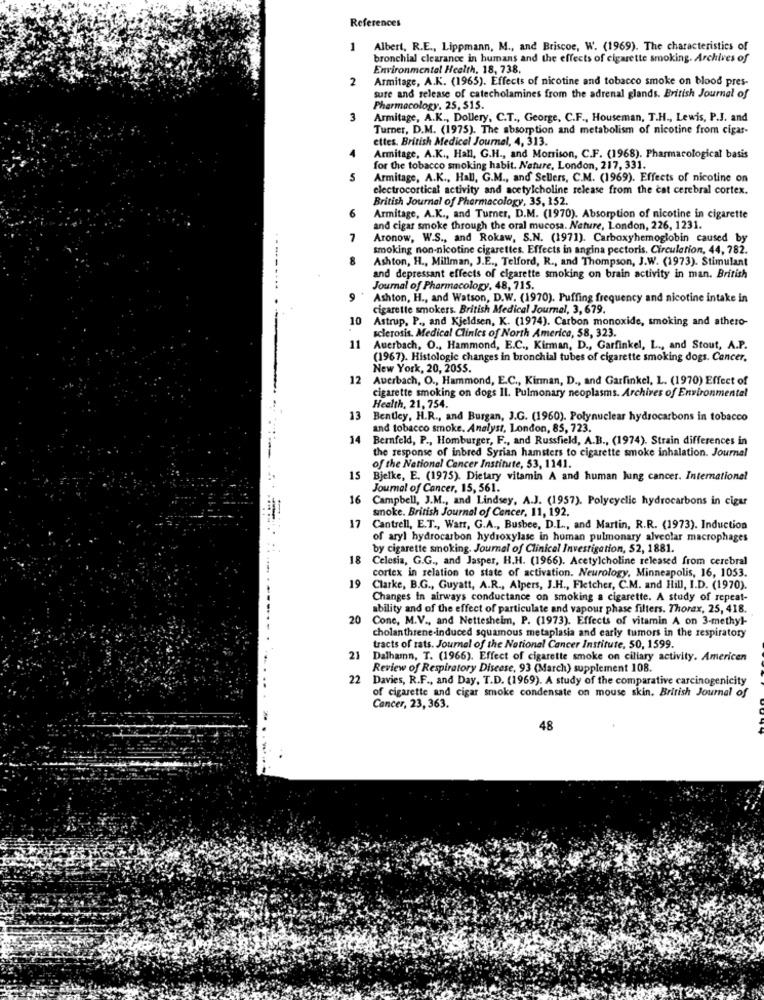
References
1
Albert, R.E ., Lippmann, M ., and Briscoe, W. (1969). The characteristics of
bronchial clearance in humans and the effects of cigarette smoking. Archives of
Environmental Health, 18, 738.
2
Armitage, A.K. (1965). Effects of nicotine and tobacco smoke on blood pres-
sure and release of catecholamines from the adrenal glands. British Journal of
Pharmacology. 25, 515.
3
Armitage, A.K ., Dollery, C.T ., George, C.F ., Houseman, T.H ., Lewis, P.J. and
Turner, D.M. (1975). The absorption and metabolism of nicotine from cigar-
ettes. British Medical Journal, 4, 313.
4
Armitage, A.K ., Hall, G.H ., and Morrison, C.F. (1968). Pharmacological basis
for the tobacco smoking habit. Nature, London, 217, 331.
5
Armitage, A.K ., Hall, G.M ., and Sellers, C.M. (1969). Effects of nicotine on
electrocortical activity and acetylcholine release from the cat cerebral cortex.
British Journal of Pharmacology, 35, 152.
6
Armitage, A.K ., and Turner, D.M. (1970). Absorption of nicotine in cigarette
and cigar smoke through the oral mucosa. Nature, London, 226, 1231.
7
Aronow, W.S ., and Rokaw, S.N. (1971). Carboxyhemoglobin caused by
smoking non-nicotine cigarettes. Effects in angina pectoris. Circulation, 44, 782.
---
8
Ashton, H ., Millman, J.E ., Telford, R ., and Thompson, J.W. (1973). Stimulant
and depressant effects of cigarette smoking on brain activity in man. British
Journal of Pharmacology, 48, 715.
9
Ashton, H ., and Watson, D.W. (1970). Puffing frequency and nicotine intake in
cigarette smokers. British Medical Journal, 3, 679.
10
Astrup, P ., and Kjeldsen, K. (1974). Carbon monoxide, smoking and athero-
sclerosis. Medical Clinics of North America, 58, 323.
11
Auerbach, O ., Hammond, E.C ., Kirman, D ., Garfinkel, L ., and Stout, A.P.
(1967). Histologie changes in bronchial tubes of cigarette smoking dogs. Cancer.
New York, 20, 2055.
12
Auerbach, O ., Hammond, E.C ., Kirman, D ., and Garfinkel, L. (1970) Effect of
cigarette smoking on dogs 11. Pulmonary neoplasms. Archives of Environmental
Health, 21, 754.
13
Bentley, H.R ., and Burgan, J.G. (1960). Polynuclear hydrocarbons in tobacco
and tobacco smoke. Analyst, London, 85, 723.
14
Bernfeld, P ., Homburger, F ., and Russfield, A.B ., (1974). Strain differences in
the response of inbred Syrian hamsters to cigarette smoke inhalation. Journal
of the National Cancer Institute, 53, 1141.
15
Bjelke, E. (1975). Dietary vitamin A and human lung cancer. International
Journal of Cancer, 15, 561.
16
Campbell, J.M ., and Lindsey, A.J. (1957). Polycyclic hydrocarbons in cigar
snoke. British Journal of Cancer, 11, 192.
17
Cantrell, E.T ., Warr, G.A ., Busbee, D.L ., and Martin, R.R. (1973). Induction
of aryl hydrocarbon hydroxylase in human pulmonary alveolar macrophages
by cigarette smoking. Journal of Clinical Investigation, 52, 1881.
18
Celesia, G.G ., and Jasper, H.H. (1966). Acetylcholine released from cerebral
cortex in relation to state of activation. Neurology, Minneapolis, 16, 1053.
19
Clarke, B.G ., Guyatt, A.R ., Alpers, J.H ., Fletcher, C.M. and Hill, I.D. (1970).
Changes In airways conductance on smoking a cigarette. A study of repeat-
ability and of the effect of particulate and vapour phase filters. Thorax, 25, 418.
20
Cone, M.V ., and Nettesheim, P. (1973). Effects of vitamin A on 3-methyl-
cholanthrene-induced squamous metaplasia and early tumors in the respiratory
tracts of rats. Journal of the National Cancer Institute, 50, 1599.
21
Dalhamn, T. (1966). Effect of cigarette smoke on ciliary activity. Americen
Review of Respiratory Disease, 93 (March) supplement 108.
22 Davies, R.F ., and Day, T.D. (1969). A study of the comparative carcinogenicity
of cigarette and cigar smoke condensate on mouse skin. British Journal of
Cancer, 23, 363.
48